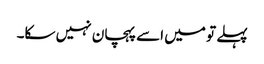
پہلے تو میں اسے پہچان نہیں سکا۔